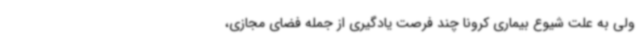
ولی به علت شیوع بیماری کرونا چند فرصت یادگیری از جمله فضای مجازی،